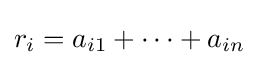
r_{i}=a_{i1}+\cdots +a_{in}